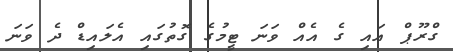
ގްރޫޕް އައި ގެ އެއް ވަނަ ޓީމުގެ ގޮތުގައި އެލައިޑް ދެ ވަނަ